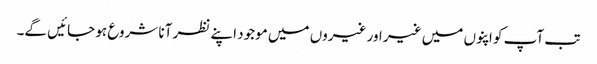
تب آپ کو اپنوں میں غیر اور غیروں میں موجود اپنے نظر آنا شروع ہو جائیں گے۔